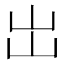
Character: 岀